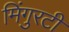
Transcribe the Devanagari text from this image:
मिंगुरटी